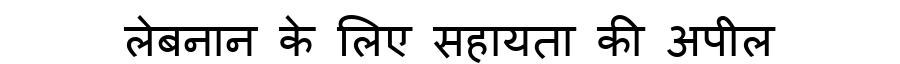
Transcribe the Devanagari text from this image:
लेबनान के लिए सहायता की अपील